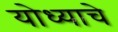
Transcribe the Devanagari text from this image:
योध्याचे